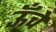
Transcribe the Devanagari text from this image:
ऊॅंचे